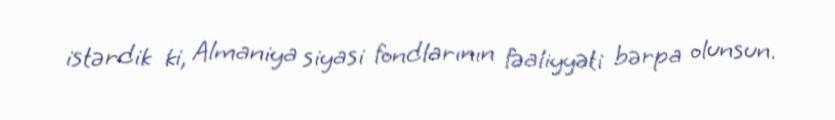
istərdik ki, Almaniya siyasi fondlarının fəaliyyəti bərpa olunsun.